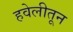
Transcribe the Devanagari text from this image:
हवेलीतून